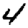
Digit: 4